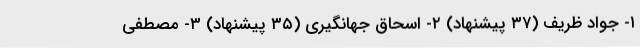
۱- جواد ظریف (۳۷ پیشنهاد) ۲- اسحاق جهانگیری (۳۵ پیشنهاد) ۳- مصطفی